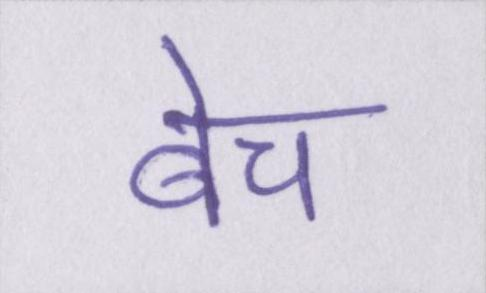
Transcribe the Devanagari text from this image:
बेच